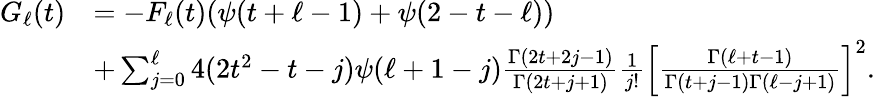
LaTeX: \begin{array}{rl}{G_{\ell}(t)}&{=-F_{\ell}(t)(\psi(t+\ell-1)+\psi(2-t-\ell))}\\ &{+\sum_{j=0}^{\ell}4(2t^{2}-t-j)\psi(\ell+1-j){\frac{\Gamma(2t+2j-1)}{\Gamma(2t+j+1)}}{\frac{1}{j!}}\left[{\frac{\Gamma(\ell+t-1)}{\Gamma(t+j-1)\Gamma(\ell-j+1)}}\right]^{2}.}\end{array}